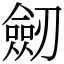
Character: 劒